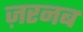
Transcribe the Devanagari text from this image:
ज़रनब